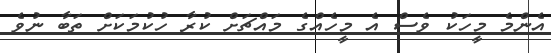
އެންމެ މީހަކު ވެސް އެ މީހެއްގެ މައްޗަށް ކުރާ ހުކުމަކަށް ތަބާ ނުވެ